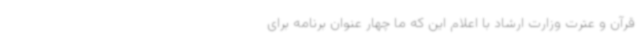
قرآن و عترت وزارت ارشاد با اعلام این که ما چهار عنوان برنامه برای